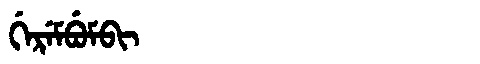
Manchu: ᡤᡝᡵᡝᠮᠪᡠᠮᠪᡳ
Romanization: GEREMBUMBI